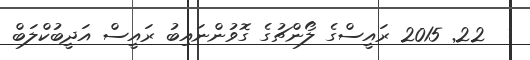
:  22